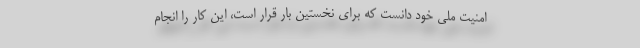
امنیت ملی خود دانست که برای نخستین بار قرار است، این کار را انجام